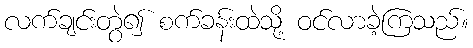
လက်ချင်းတွဲ၍ စက်ခန်းထဲသို့ ဝင်လာခဲ့ကြသည်။